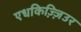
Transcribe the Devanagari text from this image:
एधकिज़्ज़िउर